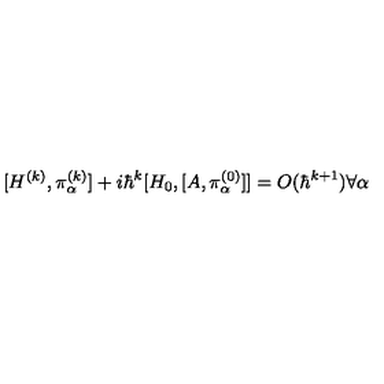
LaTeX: [ H ^ { ( k ) } , \pi _ { \alpha } ^ { ( k ) } ] + i \hbar ^ { k } [ H _ { 0 } , [ A , \pi _ { \alpha } ^ { ( 0 ) } ] ] = O ( \hbar ^ { k + 1 } ) \forall \alpha